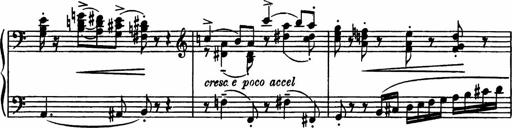
Title: Sonatilla
Composer: Mortimer Wilson
Key: C major